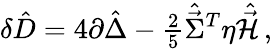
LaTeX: \delta\hat{D}=4\partial\hat{\Delta}-{\textstyle\frac{2}{5}}\hat{\vec{\Sigma}}{}^{T}\eta\hat{\vec{\cal H}}\, ,